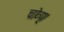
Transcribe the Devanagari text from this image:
चोव्प्।